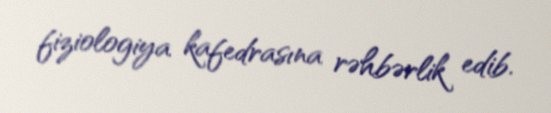
fiziologiya kafedrasına rəhbərlik edib.